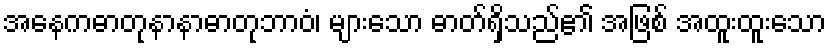
အနေကဓာတုနာနာဓာတုဘာဝံ၊ များသော ဓာတ်ရှိသည်၏ အဖြစ် အထူးထူးသော